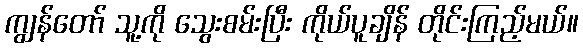
ကျွန်တော် သူ့ကို သွေးစမ်းပြီး ကိုယ်ပူချိန် တိုင်းကြည့်မယ်။